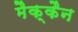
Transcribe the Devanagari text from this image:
मैक्कैन